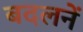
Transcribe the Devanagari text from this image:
बदलनें